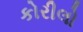
કોરીલો